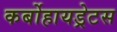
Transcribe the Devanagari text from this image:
कर्बोहायड्रेटस